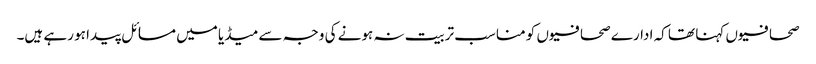
صحافیوں کہنا تھا کہ ادارے صحافیوں کو مناسب تربیت نہ ہونے کی وجہ سے میڈیا میں مسائل پیدا ہو رہے ہیں۔